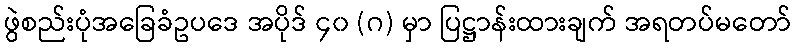
ဖွဲစည်းပုံအခြေခံဥပဒေ အပိုဒ် ၄၀ (ဂ) မှာ ပြဋ္ဌာန်းထားချက် အရတပ်မတော်